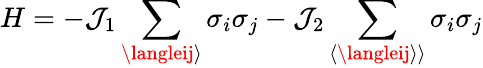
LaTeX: H=-{{\mathcal{J}}_{1}}\sum_{\langleij\rangle}{{{\sigma}_{i}}}{{\sigma}_{j}}-{{\mathcal{J}}_{2}}\sum_{\langle\langleij\rangle\rangle}{{{\sigma}_{i}}}{{\sigma}_{j}}